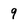
Character: 9